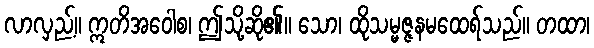
လာလှည့်။ ဣတိအဝေါစ၊ ဤသို့ဆို၏။ သော၊ ထိုသမ္မဇ္ဇနမထေရ်သည်။ တထာ၊